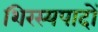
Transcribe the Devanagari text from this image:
शिरस्यपादों